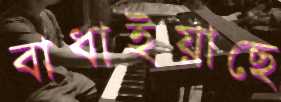
বাধাইয়াছে